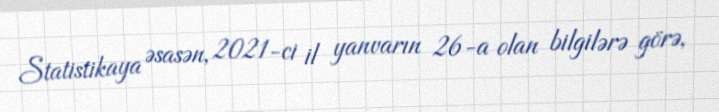
Statistikaya əsasən, 2021-ci il yanvarın 26-a olan bilgilərə görə,